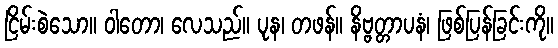
ငြိမ်းစဲသော။ ဝါတော၊ လေသည်။ ပုန၊ တဖန်။ နိဗ္ဗတ္တာပနံ၊ ဖြစ်ပြန်ခြင်းကို။